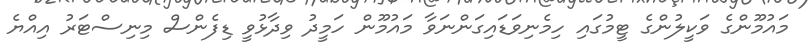
މައުމޫންގެ ވަކީލުންގެ ޓީމުގައި ހިމެނިވަޑައިގަންނަވާ މައުމޫން ހަމީދު ވިދާޅުވީ ޑިފެންސް މިނިސްޓަރު އިއްޔެ